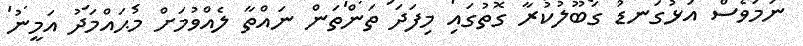
ނަމަވެސް އަޅުގަނޑު ގަބޫލުކުރާ ގޮތުގައި މިފަދަ ތަންތަން ނައްތާ ލެއްވުމަށް މުޙައްމަދު އަމީނު